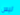
ليس